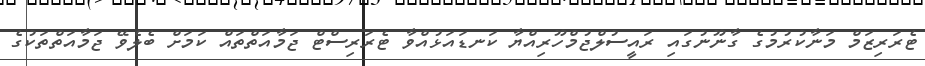
ޓެރަރިޒަމް މަނާކުރުމުގެ ގާނޫނުގައި ރައީސުލްޖުމްހޫރިއްޔާ ކަނޑައަޅުއްވާ ޓެރަރިސްޓް ޖަމާއަތްތައް ކަމަށް ބެލެވޭ ޖަމާއަތްތަކުގެ